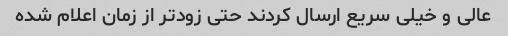
عالی و خیلی سریع ارسال کردند حتی زودتر از زمان اعلام شده